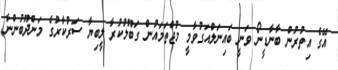
އޭގެ އިތުރުން ބާނާޑީނޯ ވަނީ ބައިނަލްއަގުވާމީ މުޖްތަމައުން ގަބޫލުކުރާ ލީބިޔާ ސަރުކާރުގެ މަންދޫބުންނާ